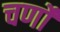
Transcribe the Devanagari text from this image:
चर्णों